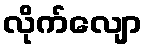
လိုက်လျော